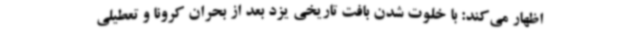
اظهار می‌کند: با خلوت شدن بافت تاریخی یزد بعد از بحران کرونا و تعطیلی